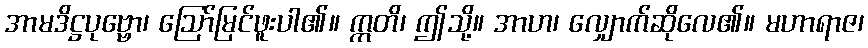
အာမဒိဋ္ဌပုဗ္ဗော၊ ဩော်မြင်ဖူးပါ၏။ ဣတိ၊ ဤသို့။ အာဟ၊ လျှောက်ဆိုလေ၏။ မဟာရာဇ၊